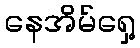
နေအိမ်ရှေ့